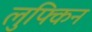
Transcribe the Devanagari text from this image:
लुफ्किन